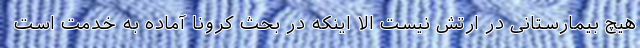
هیچ بیمارستانی در ارتش نیست الا اینکه در بحث کرونا آماده به خدمت است